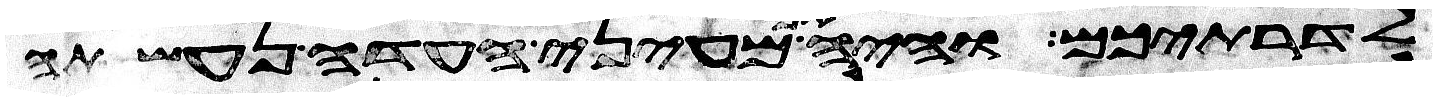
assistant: לדרתיכם והיה אם מעיני העדה נעשתה